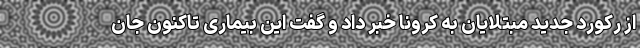
از رکورد جدید مبتلایان به کرونا خبر داد و گفت این بیماری تاکنون جان